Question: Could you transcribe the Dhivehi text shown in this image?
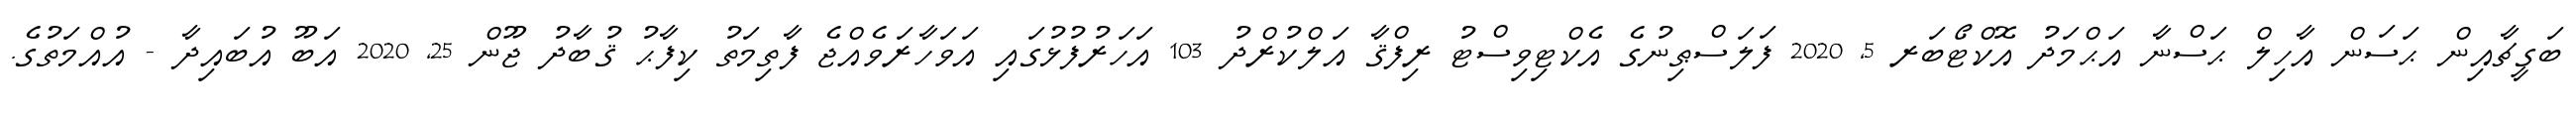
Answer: ބަގީޗާއިން ޙަސަން އާހިލް ޙަސްނާ އަޙްމަދު އޮކްޓޯބަރ 5, 2020 ފަލަސްޠިނުގެ އެކްޓިވިސްޓު ރިފްޤާ އަލްކުރްދު 103 އަހަރުފުޅުގައި އަވަހާރަވެއްޖެ ފާތިމަތު ކިފާޙު ޤުބާދު ޖޫން 25, 2020 އަބޫ އުބައިދާ - އުއްމަތުގެ.